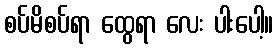
စပ်မိစပ်ရာ ထွေရာ လေး ပါးပေါ့။